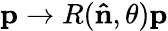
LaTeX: \mathbf{p}\rightarrow R(\mathbf{\hat{n}},\theta)\mathbf{p}